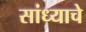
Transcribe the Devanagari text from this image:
सांध्याचे